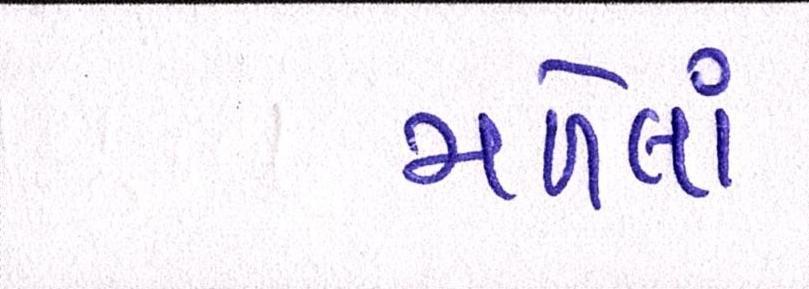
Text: મળેલાં